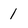
Character: 1